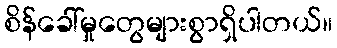
စိန်ခေါ်မှုတွေများစွာရှိပါတယ်။